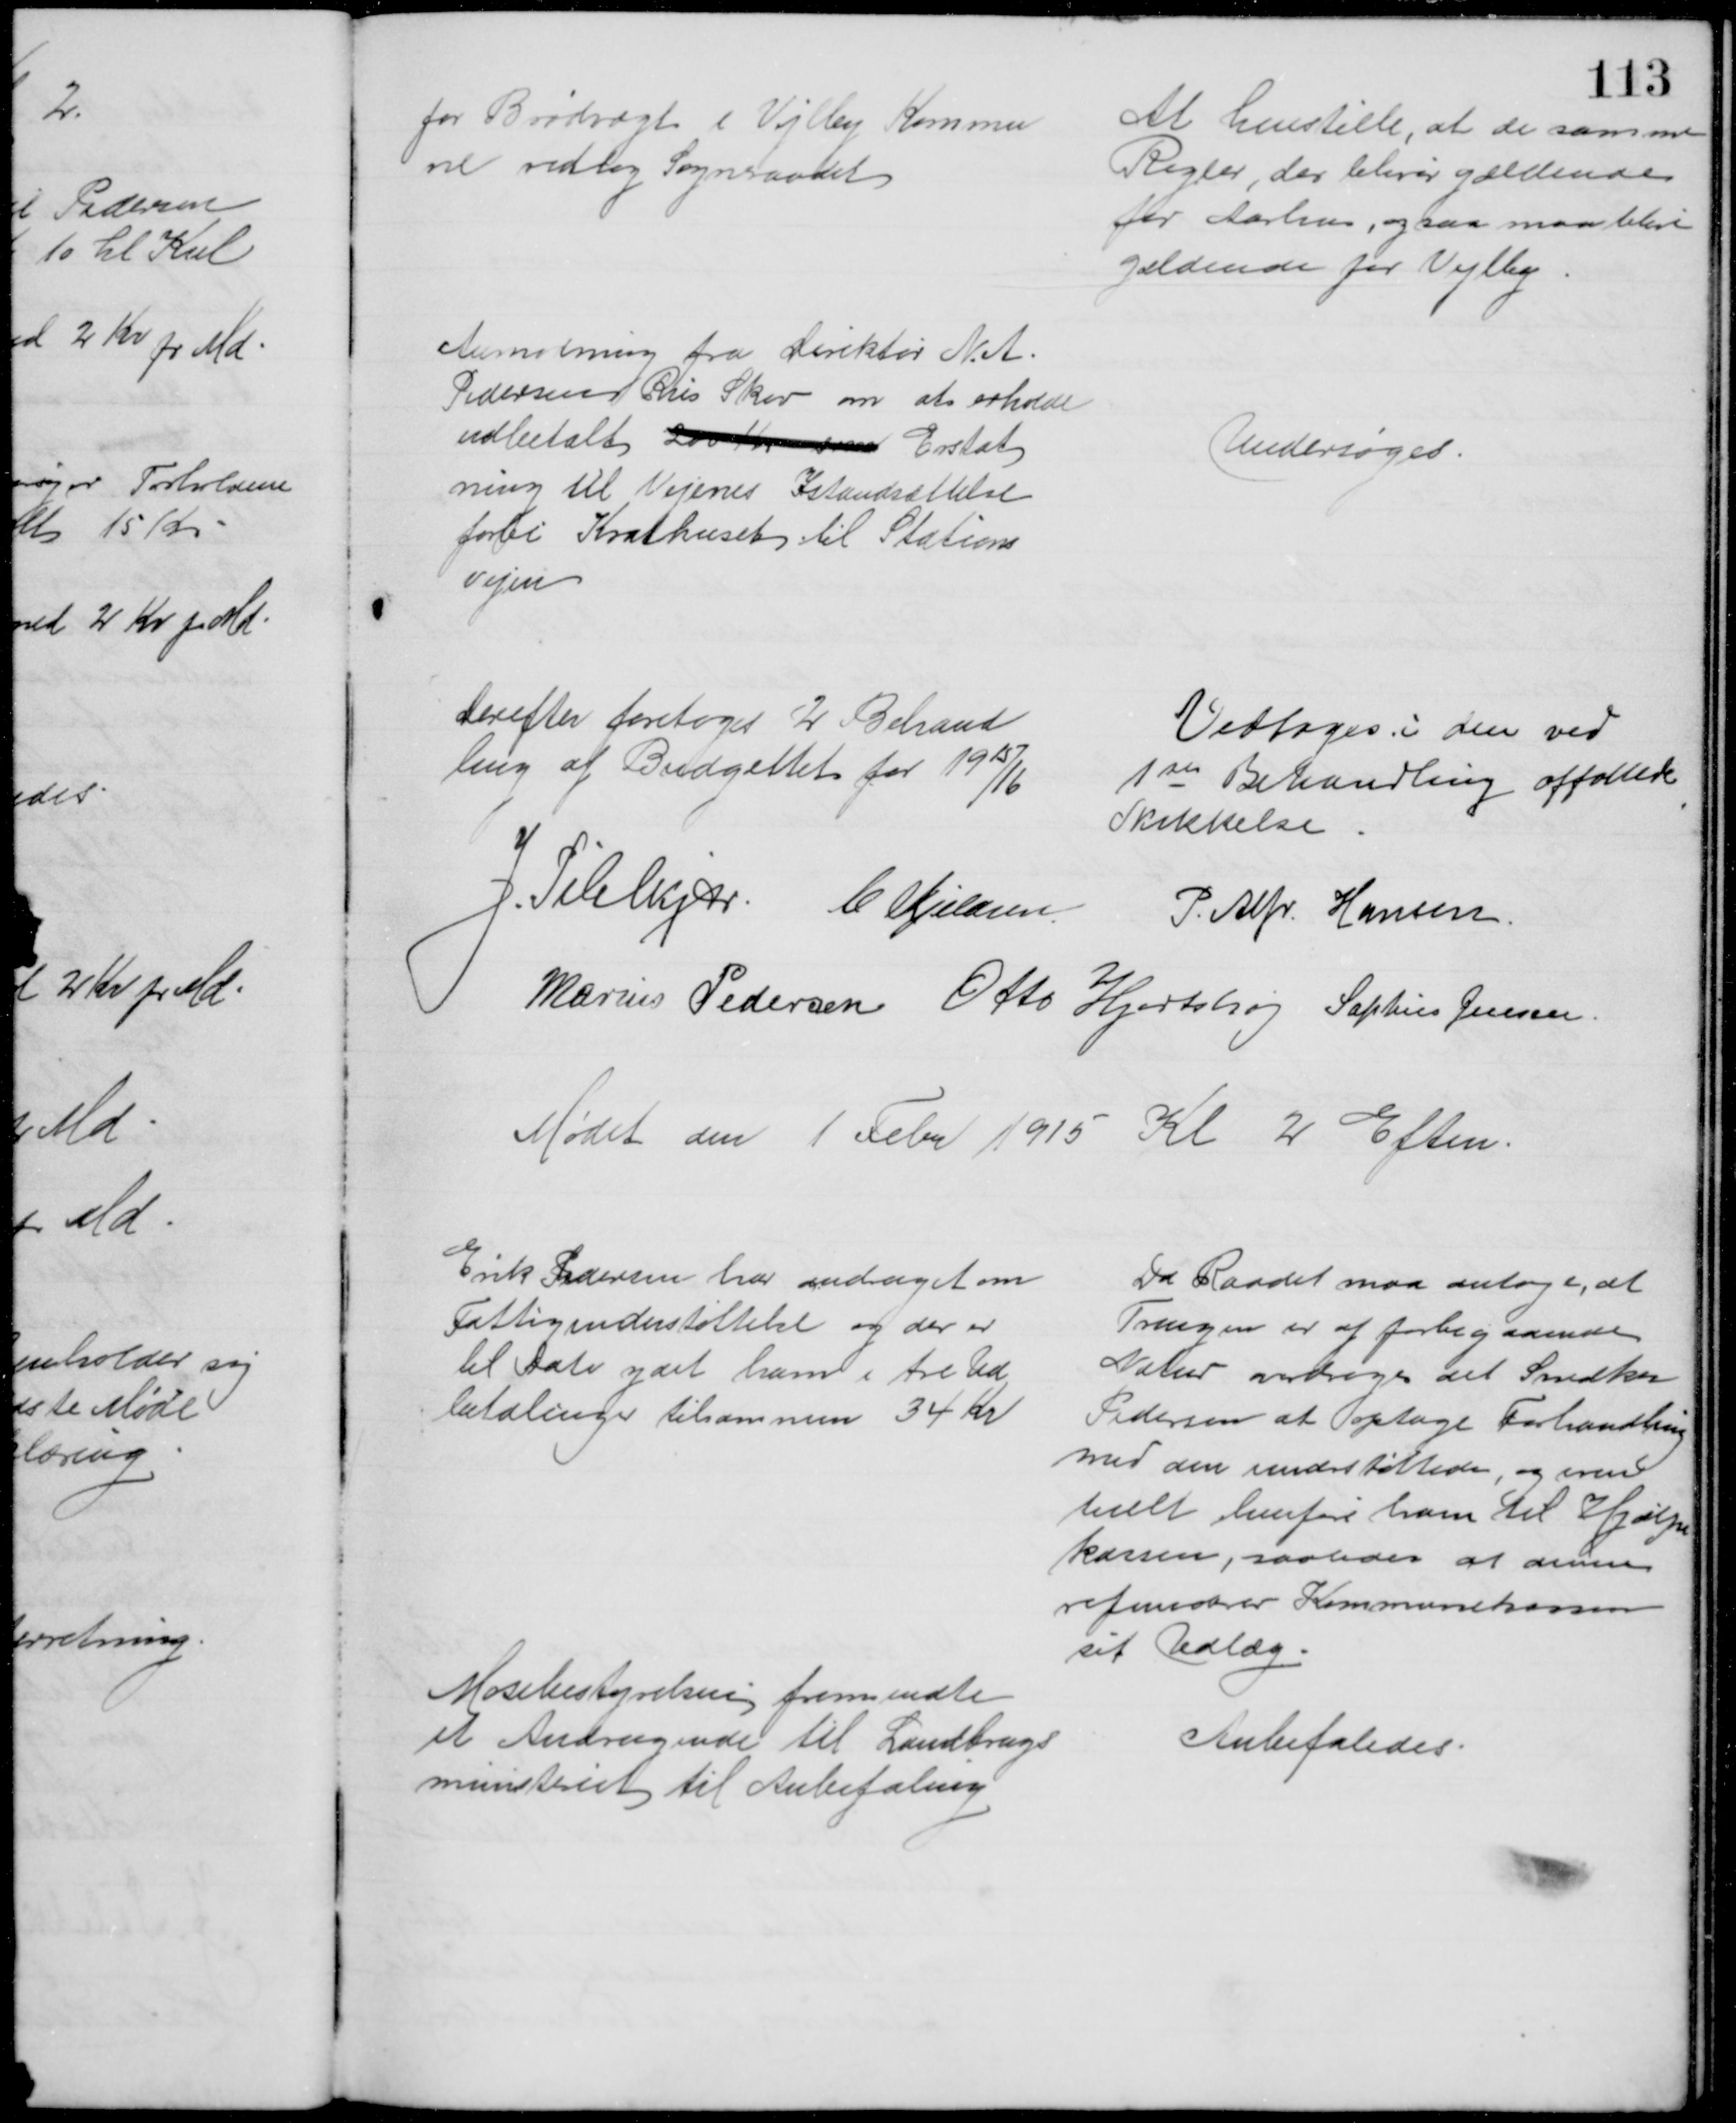
Transskription:
for Brødvægt i Vejlby Kommu
ne vedtog Sogneraadet
At henstille, at de samme 
Regler, der bliver gældende
for Aarhus, ogsaa man blive
gældende for Vejlby.
Anmodning fra Direktør N. A.
Pedersen Riis Skov om at erholde
udbetalt 200 Kr om Erstat
ning til Vejenes Istandsættelse
forbi Krathuset til Stations
vejen
Undersøges
Derefter foretoges 2 Behand
ling af Budgettet for 1915/16
Vedtoges i den ved
1ste Behandling affattede
Skikkelse
J. Pihlkjær C. Kjeldsen
P. Alfr. Hansen
Marius Pedersen Otto Hjortshøj Sophus Jensen.
Mødet den 1 Febr 1915 Kl 2 Eftm.
Erik Pedersen har andraget om
Fattigunderstøttelse og der er
til Dato ydet ham i tre Ud
betalinger tilsammen 34 Kr
Da Raadet maa antage, at
Trangen er af forbigaaende
Natur vedtoges det Snedker
Pedersen at optage Forhandling
med den understøttede, og even
tuelt henføre ham til Hjælpe
kassen, saaledes at denne
refunderer Kommunekassen
sit Udlæg.
Mosebestyrelsen fremsendte
et Andragende til Landbrugs
ministeriet til Anbefaling
Anbefaledes